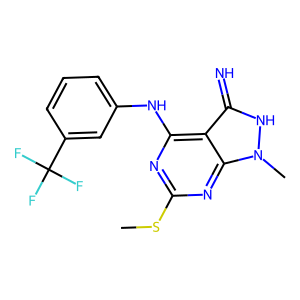
SMILES: CSc1nc(Nc2cccc(C(F)(F)F)c2)c2c(=N)[nH]n(C)c2n1
Inhibits HIV replication: No